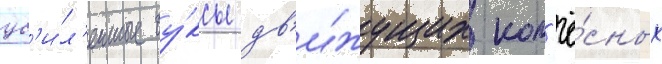
ус'и́л'енные бу́ксы дв'и́жущих кол'ё́сных